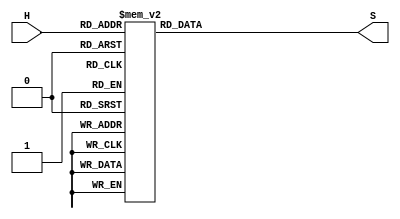
module hex_7s (
input [3:0] H,
output reg [6:0] S);
always@(H)
case (H) //ANODO COMUN
0: S = 7'b0000001;
1: S = 7'b1001111;
2: S = 7'b0010010;
3: S = 7'b0000110;
4: S = 7'b1001100;
5: S = 7'b0100100;
6: S = 7'b0100000;
7: S = 7'b0001111;
8: S = 7'b0000000;
9: S = 7'b0001100;
10: S = 7'b0001000;
11: S = 7'b1100000;
12: S = 7'b0110001;
13: S = 7'b1000010;
14: S = 7'b0110000;
15: S = 7'b0111000;
endcase
endmodule